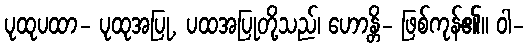
ပုထုပထာ- ပုထုအပြု, ပထအပြုတို့သည်၊ ဟောန္တိ- ဖြစ်ကုန်၏။ ဝါ-